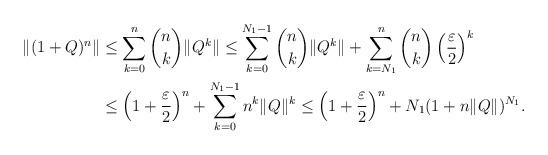
LaTeX: \begin{align*}\Vert (1+Q)^n \Vert &\leq \sum_{k=0}^n \binom nk\Vert Q^k\Vert\leq \sum_{k=0}^{N_1-1}\binom nk\Vert Q^k \Vert + \sum_{k=N_1}^n\binom nk\left( \frac{\varepsilon}{2} \right)^k\\&\leq \left(1+\frac{\varepsilon}{2}\right)^n + \sum_{k=0}^{N_1-1}n^k\Vert Q \Vert ^k\leq \left(1+\frac{\varepsilon}{2}\right)^n + N_1(1+n\Vert Q \Vert)^{N_1}.\end{align*}